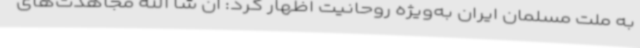
به ملت مسلمان ایران به‌ویژه روحانیت اظهار کرد: ان شا الله مجاهدت‌های